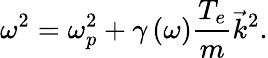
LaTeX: \omega^{2}=\omega_{p}^{2}+\gamma\left(\omega\right){\frac{T_{e}}{m}}{\vec{k}}^{2}.